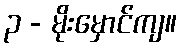
၃ - မိုးမှောင်ကျ။